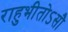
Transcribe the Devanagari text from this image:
राहुभीतोऽसौ